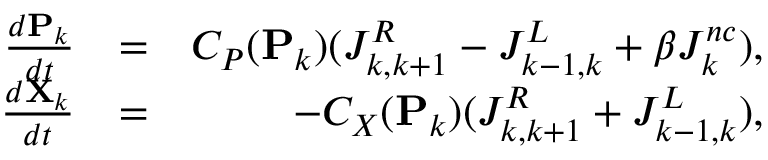
\begin{array} { r l r } { \frac { d \mathbf { P } _ { k } } { d t } } & { = } & { C _ { P } ( \mathbf { P } _ { k } ) ( J _ { k , k + 1 } ^ { R } - J _ { k - 1 , k } ^ { L } + \beta J _ { k } ^ { n c } ) , } \\ { \frac { d \mathbf { X } _ { k } } { d t } } & { = } & { - C _ { X } ( \mathbf { P } _ { k } ) ( J _ { k , k + 1 } ^ { R } + J _ { k - 1 , k } ^ { L } ) , } \end{array}